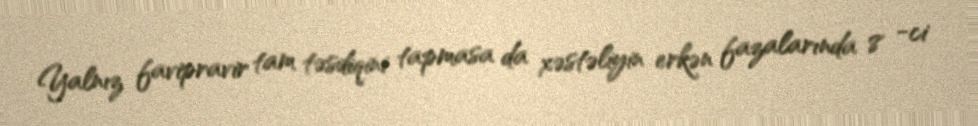
Yalnız favipravir tam təsdiqini tapmasa da xəstəliyin erkən fazalarında 8 -ci